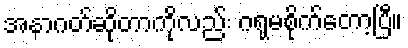
အနာဂတ်ဆိုတာကိုလည်း ဂရုမစိုက်တော့ပြီ။